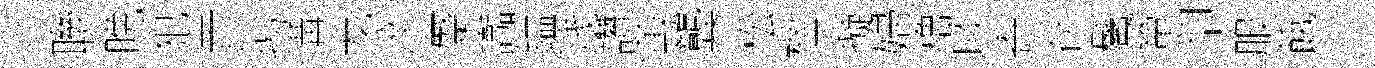
聨晩犯貢揭溝龙淬蹙讟鎰贱讚蕙龔松楹擬婦櫓啖寄存鬢簞卻服餓